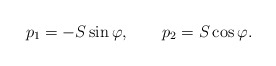
\begin{align*}p_1 = -S\sin \varphi, \qquad p_2 = S \cos \varphi.\end{align*}